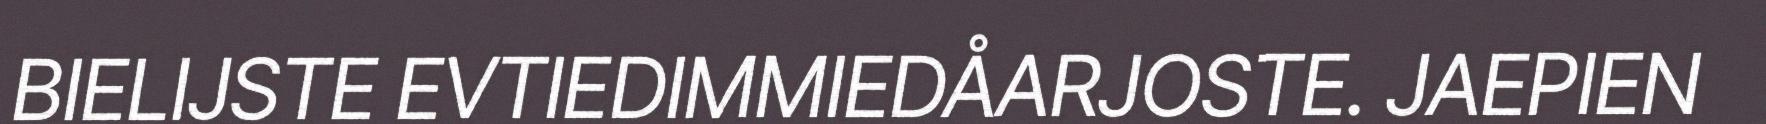
BIELIJSTE EVTIEDIMMIEDÅARJOSTE. JAEPIEN